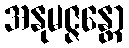
အနုမဇ္ဇန္တော